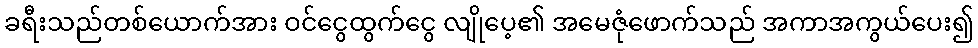
ခရီးသည်တစ်ယောက်အား ဝင်ငွေထွက်ငွေ လျိုပေ့၏ အမေဇုံဖောက်သည် အကာအကွယ်ပေး၍